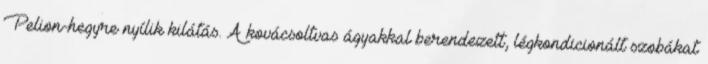
Pelion-hegyre nyílik kilátás. A kovácsoltvas ágyakkal berendezett, légkondicionált szobákat